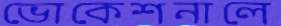
ভোকেশনালে